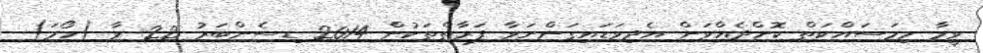
ވީމާ މިމަސައްކަތް ކޮށްދެއްވަން އެދިވަޑައިގަންނަވާ ފަރާތްތަކުން 2014 ޑިސެންބަރު 22 ވާ (ހޯމަ)